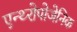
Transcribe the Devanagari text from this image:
एन्थ्‍रोपोजेनिक